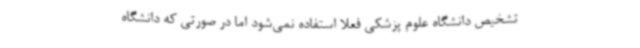
تشخیص دانشگاه علوم پزشکی فعلاً استفاده نمی‌شود اما در صورتی که دانشگاه